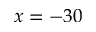
x = - 3 0